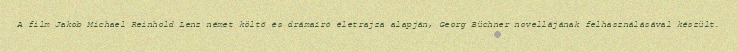
A film Jakob Michael Reinhold Lenz német költő és drámaíró életrajza alapján, Georg Büchner novellájának felhasználásával készült.